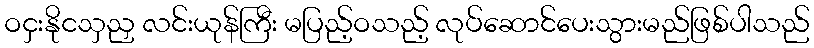
ဝငှးနိုငသှညှ လင်းယုန်ကြီး မပြည့်ဝသည့် လုပ်ဆောင်ပေးသွားမည်ဖြစ်ပါသည်